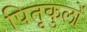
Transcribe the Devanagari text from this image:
पितृकुलों